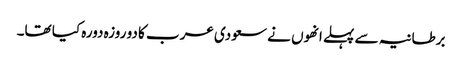
برطانیہ سے پہلے انھوں نے سعودی عرب کا دو روزہ دورہ کیا تھا۔